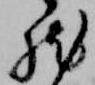
然